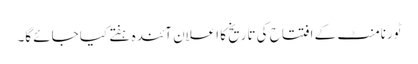
ٹورنامنٹ کے افتتاح کی تاریخ کا اعلان آئندہ ہفتے کیا جائے گا۔